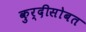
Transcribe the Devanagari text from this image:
कुर्दीसोबत